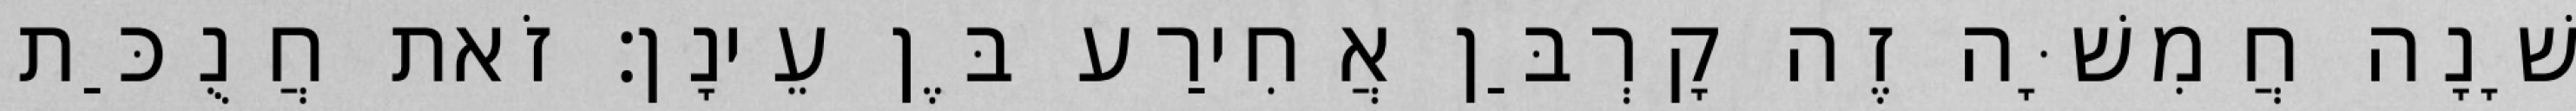
שָׁנָה חֲמִשָּׁה זֶה קָרְבַּן אֲחִירַע בֶּן עֵינָן׃ זֹאת חֲנֻכַּת